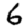
Digit: 6